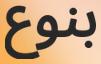
بنوع